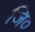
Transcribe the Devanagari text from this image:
जि०